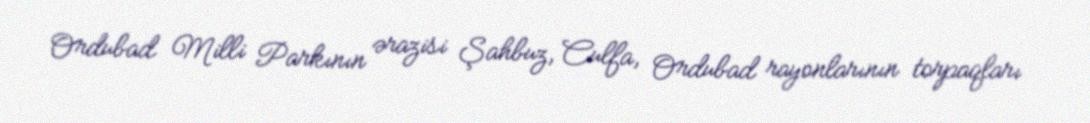
Ordubad Milli Parkının ərazisi Şahbuz, Culfa, Ordubad rayonlarının torpaqları